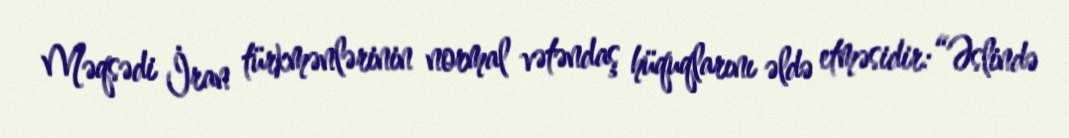
Məqsədi İran türkmənlərinin normal vətəndaş hüquqlarını əldə etməsidir:“Əslində